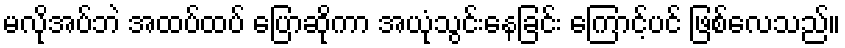
မလိုအပ်ဘဲ အထပ်ထပ် ပြောဆိုကာ အယုံသွင်းနေခြင်း ကြောင့်ပင် ဖြစ်လေသည်။